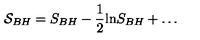
{ \cal S } _ { B H } = S _ { B H } - \frac { 1 } { 2 } \mathrm { l n } S _ { B H } + \ldots